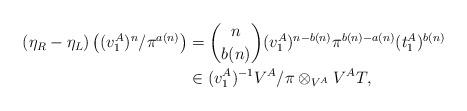
LaTeX: \begin{align*} (\eta_R-\eta_L)\left( (v_1^A)^n/\pi^{a(n)}\right) &= \binom{n}{b(n)} (v_1^A)^{n-b(n)} \pi^{b(n)-a(n)}(t_1^A)^{b(n)} \\ &\in (v_1^A)^{-1}V^A/\pi \otimes_{V^A} V^AT,\end{align*}